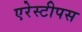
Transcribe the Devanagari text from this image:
एरेस्टीपस